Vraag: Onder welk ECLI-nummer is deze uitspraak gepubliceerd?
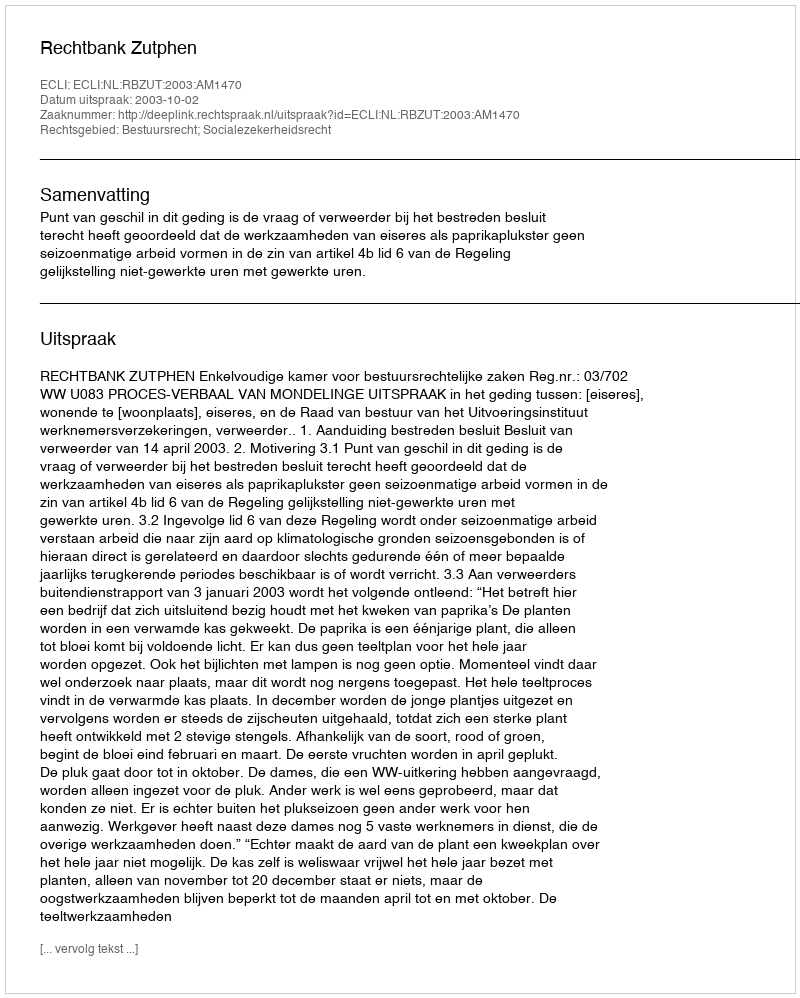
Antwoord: ECLI:NL:RBZUT:2003:AM1470